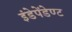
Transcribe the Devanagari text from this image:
इंडेपेंडेण्ट